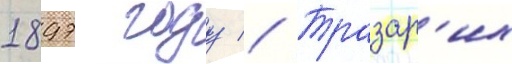
1897 году // Тразар'их